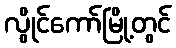
လွိုင်ကော်မြို့တွင်